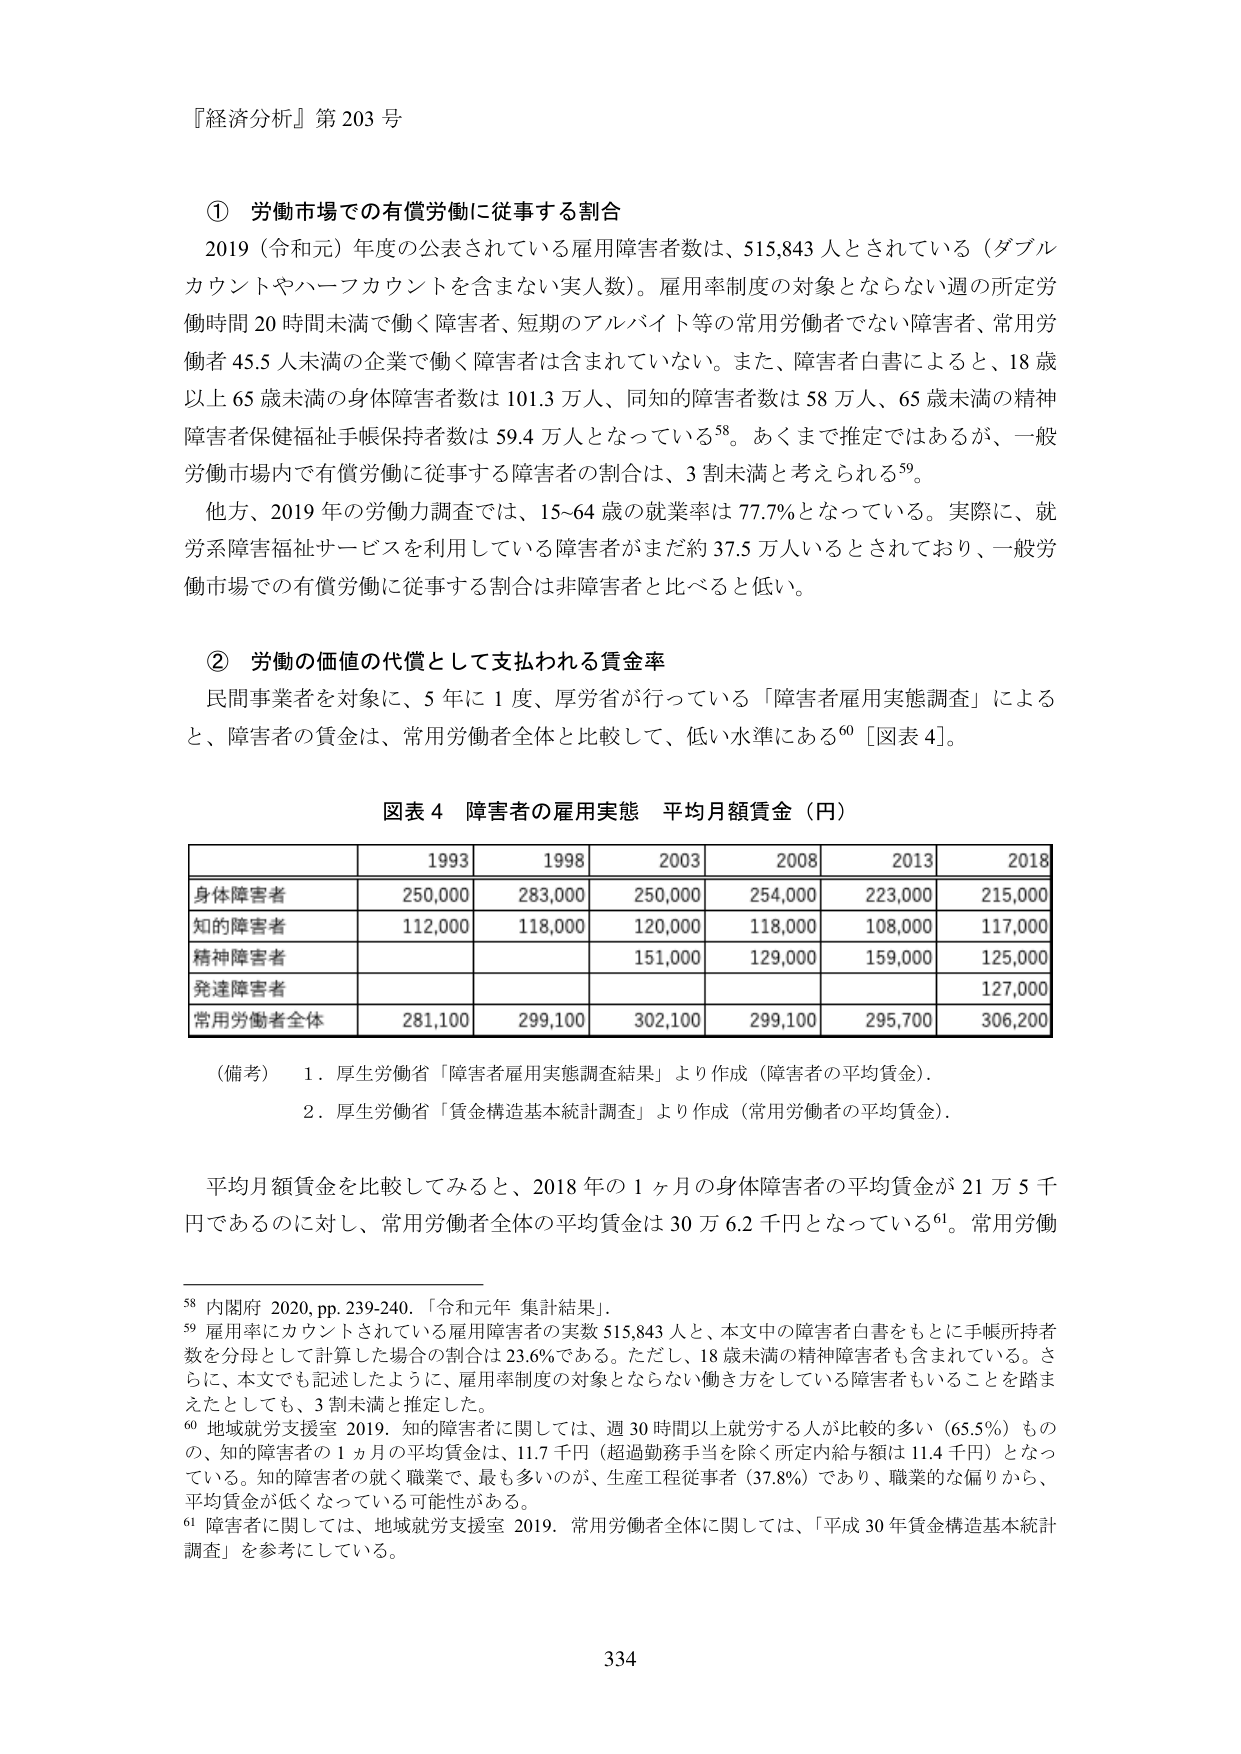
『経済分析』第 203 号

① 労働市場での有償労働に従事する割合
2019（令和元）年度の公表されている雇用障害者数は、515,843 人とされている（ダブルカウントやハーフカウントを含まない実人数）。雇用率制度の対象とならない週の所定労働時間 20 時間未満で働く障害者、短期のアルバイト等の常用労働者でない障害者、常用労働者 45.5 人未満の企業で働く障害者は含まれていない。また、障害者白書によると、18 歳以上 65 歳未満の身体障害者数は 101.3 万人、同知的障害者数は 58 万人、65 歳未満の精神障害者保健福祉手帳保持者数は 59.4 万人となっている⁵⁸。あくまで推定ではあるが、一般労働市場内で有償労働に従事する障害者の割合は、3 割未満と考えられる⁵⁹。
他方、2019 年の労働力調査では、15~64 歳の就業率は 77.7%となっている。実際に、就労系障害福祉サービスを利用している障害者がまだ約 37.5 万人いるとされており、一般労働市場での有償労働に従事する割合は非障害者と比べると低い。

② 労働の価値の代償として支払われる賃金率
民間事業者を対象に、5 年に 1 度、厚労省が行っている「障害者雇用実態調査」によると、障害者の賃金は、常用労働者全体と比較して、低い水準にある⁶⁰［図表 4］。

図表 4 障害者の雇用実態 平均月額賃金（円）

| | 1993 | 1998 | 2003 | 2008 | 2013 | 2018 |
|---|---|---|---|---|---|---|
| 身体障害者 | 250,000 | 283,000 | 250,000 | 254,000 | 223,000 | 215,000 |
| 知的障害者 | 112,000 | 118,000 | 120,000 | 118,000 | 108,000 | 117,000 |
| 精神障害者 | | | 151,000 | 129,000 | 159,000 | 125,000 |
| 発達障害者 | | | | | | 127,000 |
| 常用労働者全体 | 281,100 | 299,100 | 302,100 | 299,100 | 295,700 | 306,200 |

（備考） 1．厚生労働省「障害者雇用実態調査結果」より作成（障害者の平均賃金）。
2．厚生労働省「賃金構造基本統計調査」より作成（常用労働者の平均賃金）。

平均月額賃金を比較してみると、2018 年の 1 ヶ月の身体障害者の平均賃金が 21 万 5 千円であるのに対し、常用労働者全体の平均賃金は 30 万 6.2 千円となっている⁶¹。常用労働

⁵⁸ 内閣府 2020, pp. 239-240. 「令和元年 集計結果」。
⁵⁹ 雇用率にカウントされている雇用障害者の実数 515,843 人と、本文中の障害者白書をもとに手帳所持者数を分母として計算した場合の割合は 23.6%である。ただし、18 歳未満の精神障害者も含まれている。さらに、本文でも記述したように、雇用率制度の対象とならない働き方をしている障害者もいることを踏まえたとしても、3 割未満と推定した。
⁶⁰ 地域就労支援室 2019. 知的障害者に関しては、週 30 時間以上就労する人が比較的多い（65.5%）ものの、知的障害者の 1 ヶ月の平均賃金は、11.7 千円（超過勤務手当を除く所定内給与額は 11.4 千円）となっている。知的障害者の就く職業で、最も多いのが、生産工程従事者（37.8%）であり、職業的な偏りから、平均賃金が低くなっている可能性がある。
⁶¹ 障害者に関しては、地域就労支援室 2019. 常用労働者全体に関しては、「平成 30 年賃金構造基本統計調査」を参考にしている。

334